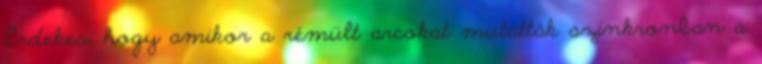
Érdekes, hogy amikor a rémült arcokat mutatták szinkronban a